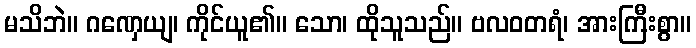
မသိဘဲ။ ဂဏှေယျ၊ ကိုင်ယူ၏။ သော၊ ထိုသူသည်။ ဗလဝတရံ၊ အားကြီးစွာ။